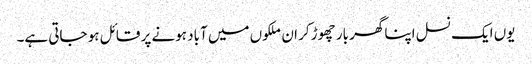
یوں ایک نسل اپنا گھر بار چھوڑ کر ان ملکوں میں آباد ہونے پر قائل ہو جاتی ہے۔